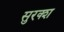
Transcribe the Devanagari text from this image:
सुरक्श